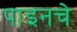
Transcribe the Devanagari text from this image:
पाइनचे